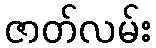
ဇာတ်လမ်း